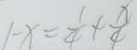
1 - x = \frac { 1 } { 4 } + \frac { x } { 4 }